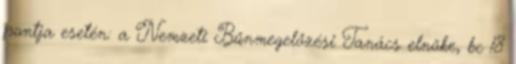
pontja esetén: a Nemzeti Bűnmegelőzési Tanács elnöke, bc 18